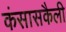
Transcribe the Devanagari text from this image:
कंसासकैली